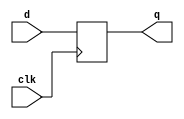
module d_flip_flop (
    input wire clk,     // Clock input
    input wire d,       // Data input
    output reg q        // Output
);

// Behavioral model of a D Flip-Flop using non-blocking assignments
always @(posedge clk) begin
    q <= d; // Non-blocking assignment: update output at the end of the time step
end

endmodule